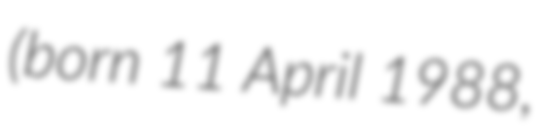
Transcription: (born 11 April 1988,